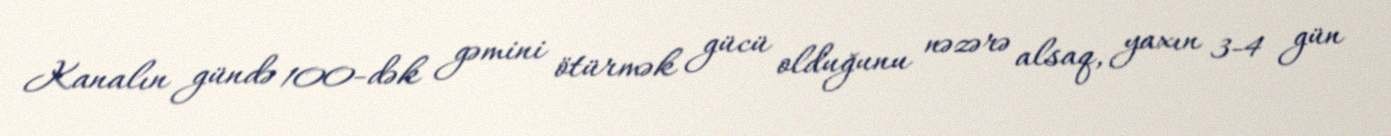
Kanalın gündə 100-dək gəmini ötürmək gücü olduğunu nəzərə alsaq, yaxın 3-4 gün